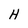
Character: H